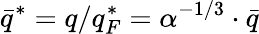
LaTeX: \bar{q}^{*}=q/q_{F}^{*}=\alpha^{-1/3}\cdot\bar{q}